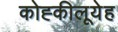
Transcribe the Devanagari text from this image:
कोह्कीलूयेह